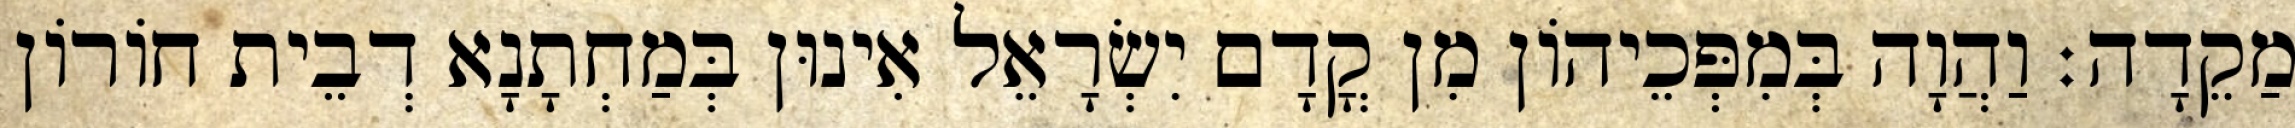
מַקֵדָה׃ וַהֲוָה בְּמִפְּכֵיהוֹן מִן קֳדָם יִשְׂרָאֵל אִינוּן בְּמַחְתָנָא דְבֵית חוֹרוֹן